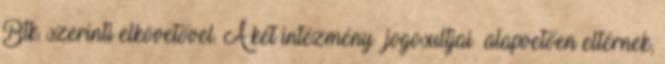
Btk. szerinti elkövetővel. A két intézmény jogosultjai alapvetően eltérnek,